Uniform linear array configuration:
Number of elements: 32
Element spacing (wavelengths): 0.5
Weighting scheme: hamming
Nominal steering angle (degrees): -30
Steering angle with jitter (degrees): -31.591
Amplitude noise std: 0.05
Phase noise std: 0.05

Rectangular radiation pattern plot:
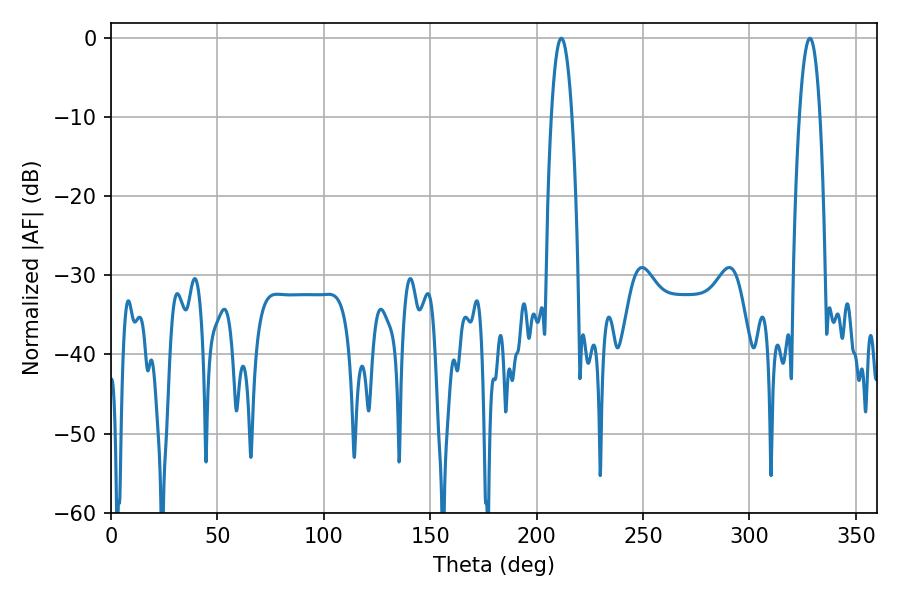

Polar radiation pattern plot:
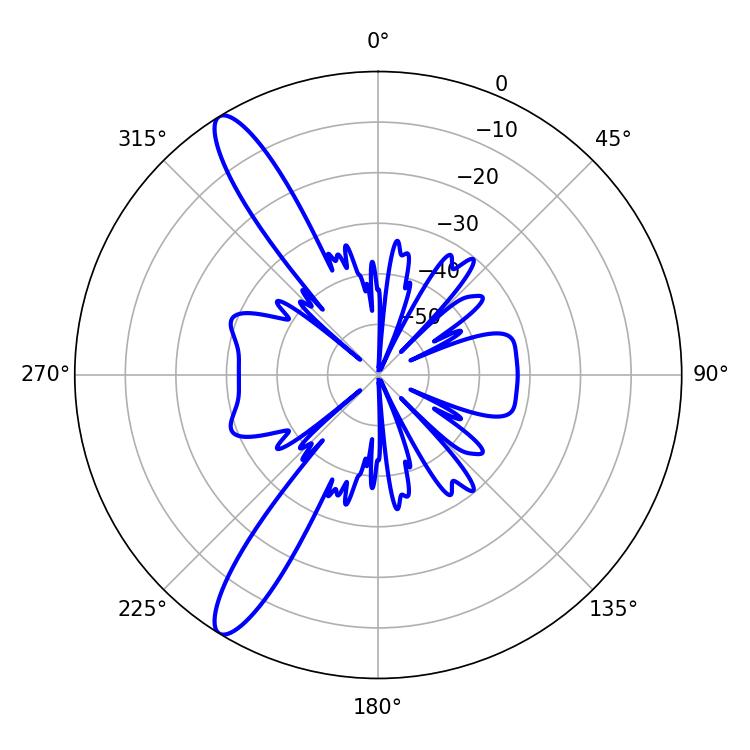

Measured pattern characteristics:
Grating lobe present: FALSE
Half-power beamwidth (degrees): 5.4
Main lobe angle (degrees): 328.32